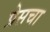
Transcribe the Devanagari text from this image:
प्रेसचा